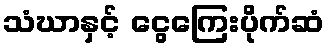
သံဃာနှင့် ငွေကြေးပိုက်ဆံ